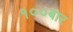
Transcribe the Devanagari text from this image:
१००बार